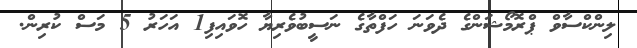
ލިންކްސާވް ޕްރޮމޯޝަންގެ ދެވަނަ ހަފްތާގެ ނަސީބުވެރިޔާ ހޮވައިފި1 އަހަރު 5 މަސް ކުރިން.